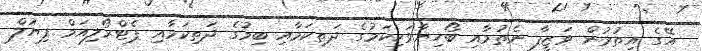
އޭގެ އިތުރުން ވަޒީފާ ނެތުމާއި ބޯހިޔާވަހިކަމުގެ ދަތިކަމާއި ބިމުގެ ދަތިކަމާއި ޕެޓްރޯލިއަމް ފިޔުލް